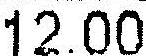
12.00